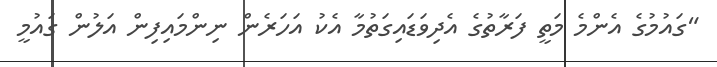
"ގައުމުގެ އެންމެ މަތީ ފަރާތުގެ އެދިވަޑައިގަތުމާ އެކު އަހަރެން ނިންމައިފިން އަލުން ގައުމީ